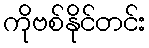
ကိုဗစ်နိုင်တင်း